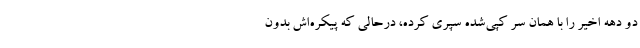
دو دهه اخیر را با همان سر کپی‌شده سپری کرده، درحالی که پیکره‌اش بدون